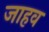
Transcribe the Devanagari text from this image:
जाहव